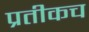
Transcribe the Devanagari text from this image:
प्रतीकच